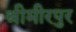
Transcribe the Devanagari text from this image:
श्रीमीरपुर